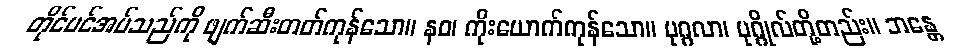
တိုင်ပင်အပ်သည်ကို ဖျက်ဆီးတတ်ကုန်သော။ နဝ၊ ကိုးယောက်ကုန်သော။ ပုဂ္ဂလာ၊ ပုဂ္ဂိုလ်တို့တည်း။ ဘန္တေ